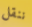
ننقل